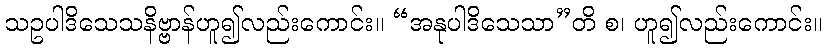
သဥပါဒိသေသနိဗ္ဗာန်ဟူ၍လည်းကောင်း။ “အနုပါဒိသေသာ”တိ စ၊ ဟူ၍လည်းကောင်း။